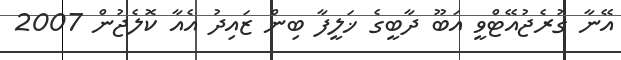
އޭނާ ގުރެޖުއޭޓްވީ އަބޫ ދާބީގެ ޚަލީފާ ބިން ޒައިދު އެއާ ކޮލެޖުން 2007